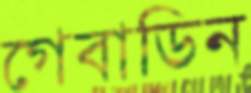
গেবাডিন